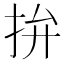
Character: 拚